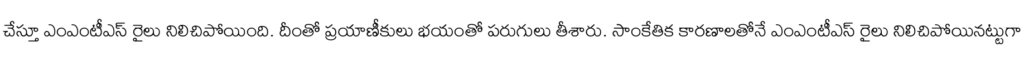
చేస్తూ ఎంఎంటీఎస్ రైలు నిలిచిపోయింది. దీంతో ప్రయాణీకులు భయంతో పరుగులు తీశారు. సాంకేతిక కారణాలతోనే ఎంఎంటీఎస్ రైలు నిలిచిపోయినట్టుగా